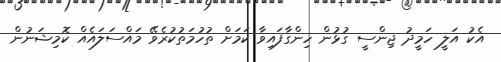
އެކު އަލީ ހަމީދު ޖިންސީ ގުޅުން ހިންގާފައިވާ ކަމަށް ތުހުމަތުކުރެވޭ މައްސަލައެއް ކޮމިޝަނުން